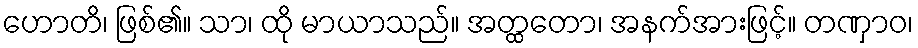
ဟောတိ၊ ဖြစ်၏။ သာ၊ ထို မာယာသည်။ အတ္ထတော၊ အနက်အားဖြင့်။ တဏှာဝ၊